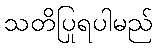
သတိပြုရပါမည်